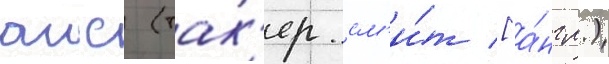
аис (так'ер см'и́т [а́нгл.)